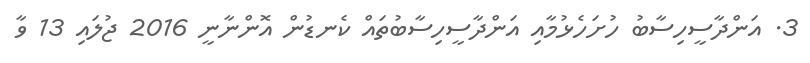
3. އަންދާސީހިސާބު ހުށަހެޅުމާއި އަންދާސީހިސާބުތައް ކެނޑުން އޮންނާނީ 2016 ޖުލައި 13 ވާ